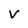
Character: V